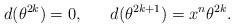
LaTeX: \begin{align*}d(\theta^{2k})=0,~~~~~d(\theta^{2k+1})=x^n\theta^{2k}.\end{align*}